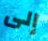
إلى